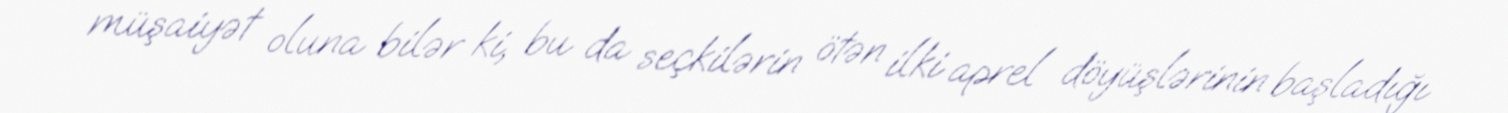
müşaiyət oluna bilər ki, bu da seçkilərin ötən ilki aprel döyüşlərinin başladığı